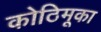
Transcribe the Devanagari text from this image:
कोठिमूका